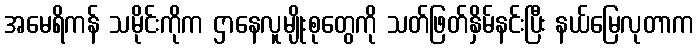
အမေရိကန် သမိုင်းကိုက ဌာနေလူမျိုးစုတွေကို သတ်ဖြတ်နှိမ်နင်းပြီး နယ်မြေလုတာက